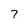
Character: 7